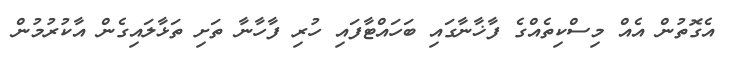
އެގޮތުން އެއް މިސްކިތެއްގެ ފާޚާނާގައި ބަހައްޓާފައި ހުރި ފާހާނާ ތަށި ތަޅާލައިގެން އާކުރުމުން